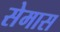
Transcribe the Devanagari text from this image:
सेमास